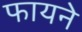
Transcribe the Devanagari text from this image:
फायने